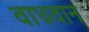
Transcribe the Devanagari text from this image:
वाधवान